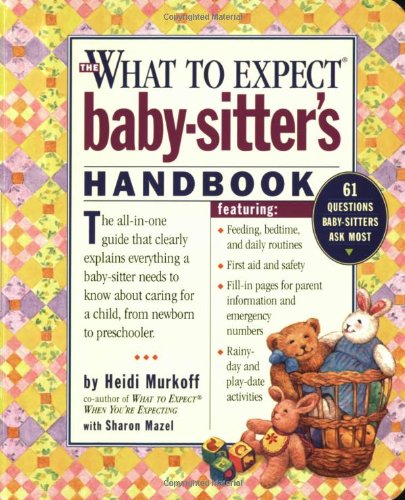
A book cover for What to Expect Baby-Sitter's Handbook; Heidi Murkoff; Parenting & Relationships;